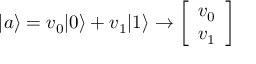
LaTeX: | a \rangle = v _ { 0 } | 0 \rangle + v _ { 1 } | 1 \rangle \rightarrow { \left[ \begin{array} { l } { v _ { 0 } } \\ { v _ { 1 } } \end{array} \right] }